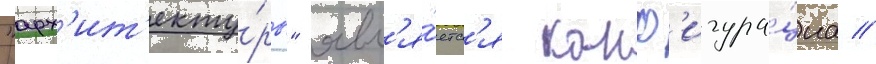
"арх'ит'екту́ры" явл'я́етс'я конф'игура́циа //